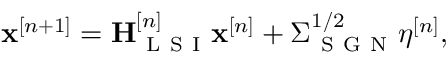
\mathbf { x } ^ { [ n + 1 ] } = \mathbf { H } _ { \mathrm { ~ L ~ S ~ I ~ } } ^ { [ n ] } \mathbf { x } ^ { [ n ] } + \boldsymbol { \Sigma } _ { \mathrm { ~ S ~ G ~ N ~ } } ^ { 1 / 2 } \boldsymbol { \eta } ^ { [ n ] } ,